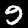
Digit: 9